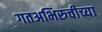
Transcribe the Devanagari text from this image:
गतअभिरुचीच्या